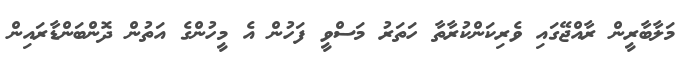
މަލާބާރީން ރާއްޖޭގައި ވެރިކަންކުރާތާ ހަތަރު މަސްވީ ފަހުން އެ މީހުންގެ އަތުން ދޮންބަންޑާރައިން